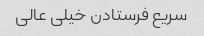
سریع فرستادن خیلی عالی